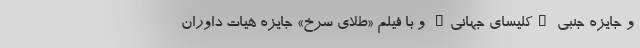
و جایزه جنبی "کلیسای جهانی" و با فیلم «طلای سرخ» جایزه هیات داوران